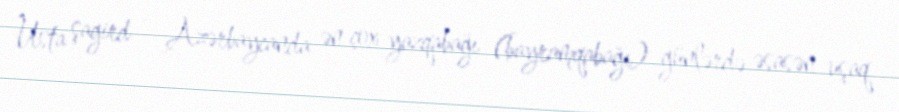
Usta şagird - Azərbaycanda ən çox yazqabağı (bayramqabağı) günlərdə əsasən uşaq